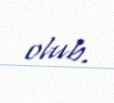
olub.